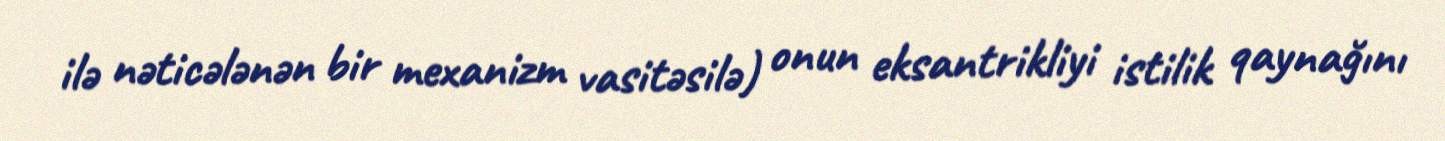
ilə nəticələnən bir mexanizm vasitəsilə) onun eksantrikliyi istilik qaynağını